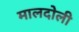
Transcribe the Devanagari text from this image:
मालदोली